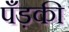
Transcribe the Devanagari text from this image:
पँड़की